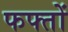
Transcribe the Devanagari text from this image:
फफ्तों